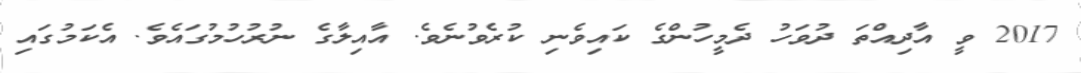
2017 ވީ އާދިއްތަ ދުވަހު ދެމީހުންގެ ކައިވެނި ކުރެވުނެވެ. އާއިލާގެ ނުރުހުމުގައެވެ. އެކަމުގައި